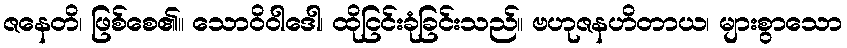
ဇနေတိ၊ ဖြစ်စေ၏။ သောဝိဝါဒေါ၊ ထိုငြင်းခုံခြင်းသည်။ ဗဟုဇနဟိတာယ၊ များစွာသော